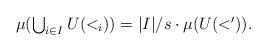
LaTeX: \begin{align*}\textstyle\mu(\bigcup_{i\in I}U(<_i))=|I|/s\cdot\mu(U(<')). \end{align*}